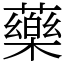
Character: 藥